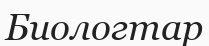
Биологтар